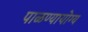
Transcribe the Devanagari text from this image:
पाळण्यायोग्य